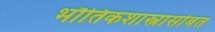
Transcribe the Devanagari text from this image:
भौतिकशास्त्रासोबत